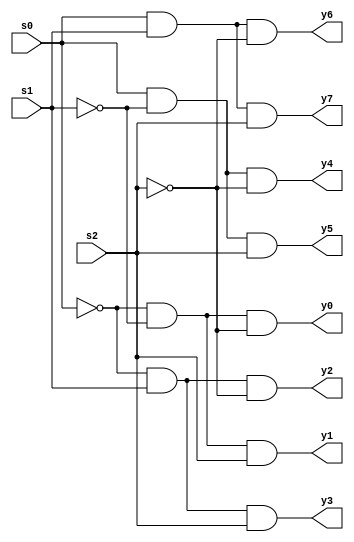
  module dec3to8p (s0,s1,s2,y0,y1,y2,y3,y4,y5,y6,y7);
  input s0,s1,s2;
  output y0,y1,y2,y3,y4,y5,y6,y7;
  wire s0b,s1b,s2b;
  not(s0b,s0);
  not(s1b,s1);
  not(s2b,s2);
  and(y0,~s0,~s1,~s2);
  and(y1,s0b,s1b,s2);
  and(y2,s0b,s1,s2b);
  and(y3,s0b,s1,s2);
  and(y4,s0,s1b,s2b);
  and(y5,s0,s1b,s2);
  and(y6,s0,s1,s2b);
  and(y7,s0,s1,s2);
  endmodule